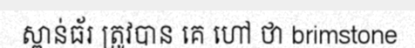
ស្ពាន់ធ័រ ត្រូវបាន គេ ហៅ ថា brimstone